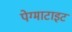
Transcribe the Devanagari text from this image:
पेग्माटाइट